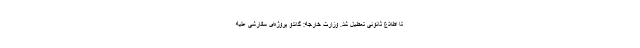
تا اطلاع ثانونی تعطیل شد. وزارت خارجه: گاندو پروژه‌ای سفارشی علیه